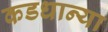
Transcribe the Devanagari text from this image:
कडधान्या